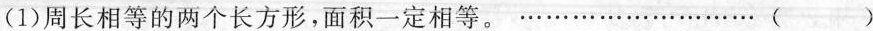
(1)周长相等的两个长方形，面积一定相等。…………( )